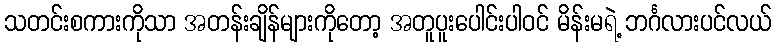
သတင်းစကားကိုသာ အတန်းချိန်များကိုတော့ အတူပူးပေါင်းပါဝင် မိန်းမရဲ့ ဘင်္ဂလားပင်လယ်